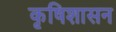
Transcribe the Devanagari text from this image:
कृषिशासन